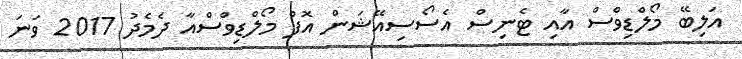
އަލިބޭ މޯލްޑިވްސް އާއި ޓެނިސް އެސޯސިއޭޝަން އޮފް މޯލްޑިވްސްއާ ދެމެދު 2017 ވަނަ